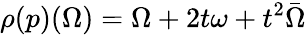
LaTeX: \rho(p)(\Omega)=\Omega+2t\omega+t^{2}\bar{\Omega}